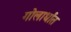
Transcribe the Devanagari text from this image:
गोलार्धांत